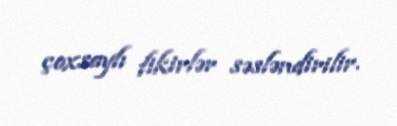
çoxsaylı fikirlər səsləndirilir.